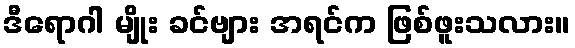
ဒီရောဂါ မျိုး ခင်ဗျား အရင်က ဖြစ်ဖူးသလား။